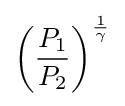
\left({\frac {P_{1}}{P_{2}}}\right)^{\frac {1}{\gamma }}